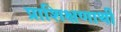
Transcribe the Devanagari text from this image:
प्राशिक्षणार्थी